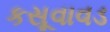
કસૂવાવડ